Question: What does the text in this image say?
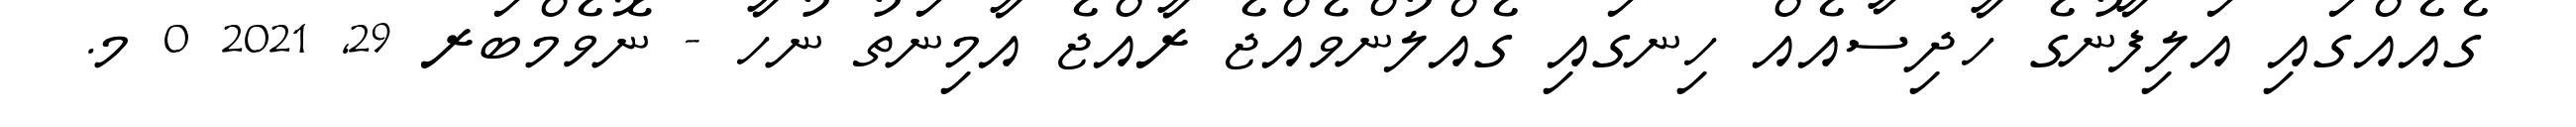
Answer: ގެއެއްގައި އަލިފާނުގެ ހާދިސާއެއް ހިނގައި ގެއްލުންވެއްޖެ ރާއްޖެ އާމިނަތު ނުހާ - ނޮވެމްބަރ 29, 2021 0 މ.